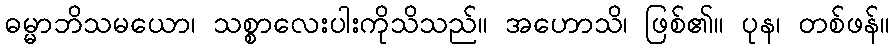
ဓမ္မာဘိသမယော၊ သစ္စာလေးပါးကိုသိသည်။ အဟောသိ၊ ဖြစ်၏။ ပုန၊ တစ်ဖန်။